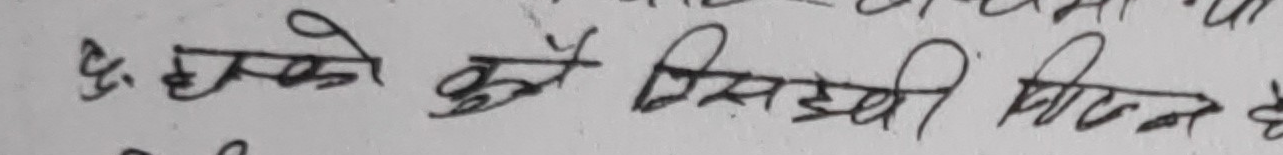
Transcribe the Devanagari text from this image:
ह. हमको कुल कितनी चाहिए है